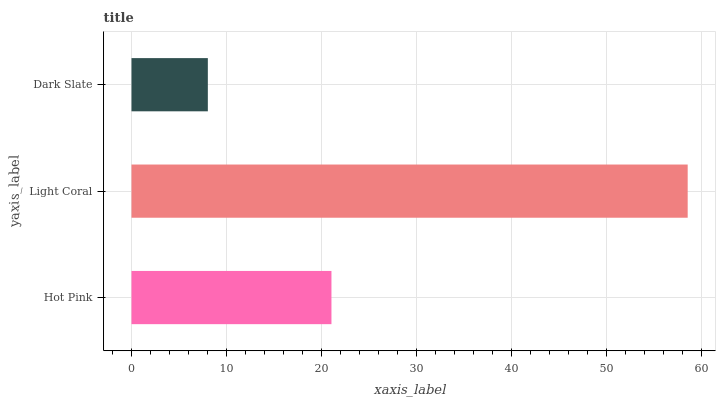
| yaxis_label | bars |
 | --- | --- |
 | Hot Pink | 21.1 |
 | Light Coral | 58.6 |
 | Dark Slate | 8.04 |